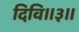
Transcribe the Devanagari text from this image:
दिवि॥३॥